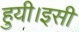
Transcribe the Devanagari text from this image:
हुयी।इसी